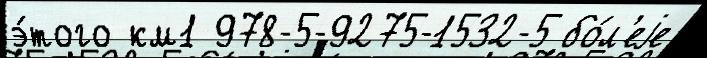
э́того км1 978-5-9275-1532-5 бо́л'еjе